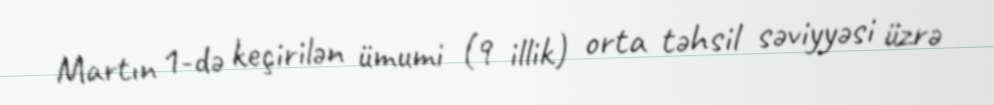
Martın 1-də keçirilən ümumi (9 illik) orta təhsil səviyyəsi üzrə